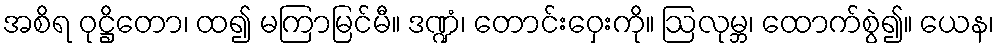
အစိရ ဝုဋ္ဌိတော၊ ထ၍ မကြာမြင်မီ။ ဒဏ္ဍံ၊ တောင်းဝှေးကို။ ဩလုမ္ဘ၊ ထောက်စွဲ၍။ ယေန၊